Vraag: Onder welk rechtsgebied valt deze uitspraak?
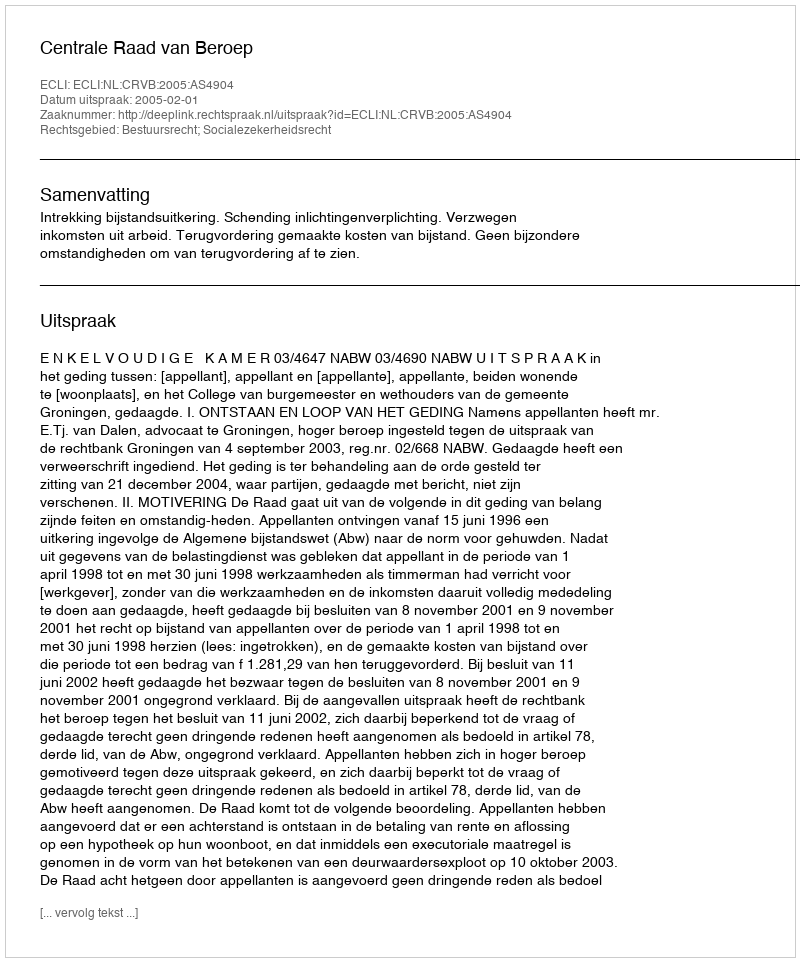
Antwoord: Bestuursrecht; Socialezekerheidsrecht